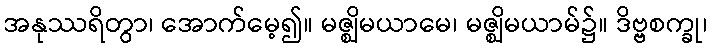
အနုဿရိတွာ၊ အောက်မေ့၍။ မဇ္ဈိမယာမေ၊ မဇ္ဈိမယာမ်၌။ ဒိဗ္ဗစက္ခု၊